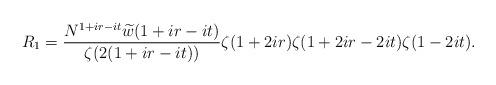
LaTeX: \begin{align*}R_1 = \frac{N^{1+ir-it} \widetilde{w}(1+ir-it) }{\zeta(2(1+ir-it))} \zeta(1+2ir) \zeta(1+2ir-2it) \zeta(1-2it).\end{align*}